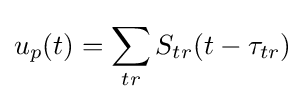
u_{p}(t)=\sum _{tr}^{}S_{tr}(t-\tau _{tr})